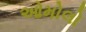
ઓમોલો